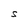
Character: S